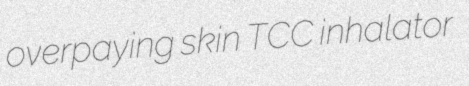
overpaying skin TCC inhalator